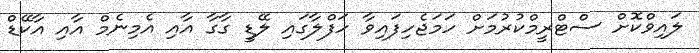
ލައިވްކޮށް ސްޓްރީމްކުރުމަށް ހަމަޖެހިފައިވާ ހަފްލާގައި ލޭޑީ ގާގާ އާއި އެމިނެމް އާއި އާކޭޑް